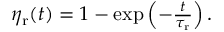
\begin{array} { r } { \eta _ { \mathrm { r } } ( t ) = 1 - \exp \left( - \frac { t } { \tau _ { \mathrm { r } } } \right) . } \end{array}